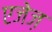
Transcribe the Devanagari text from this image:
एजेज़